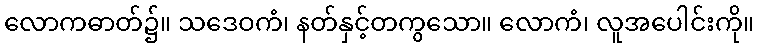
လောကဓာတ်၌။ သဒေဝကံ၊ နတ်နှင့်တကွသော။ လောကံ၊ လူအပေါင်းကို။